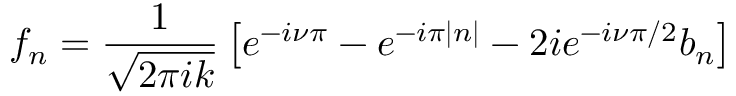
f _ { n } = \frac { 1 } { \sqrt { 2 \pi i k } } \left[ e ^ { - i \nu \pi } - e ^ { - i \pi | n | } - 2 i e ^ { - i \nu \pi / 2 } b _ { n } \right]